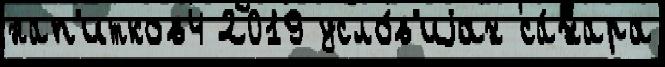
нап'итков4 2019 усло́в'иjах са́хара